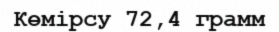
Көмірсу 72,4 грамм